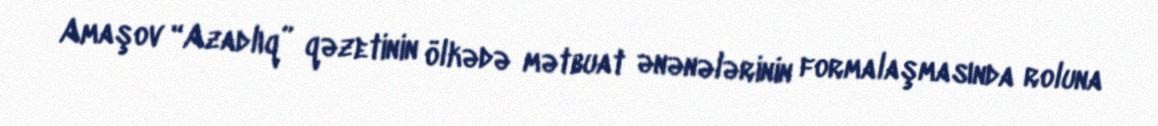
Amaşov “Azadlıq” qəzetinin ölkədə mətbuat ənənələrinin formalaşmasında roluna